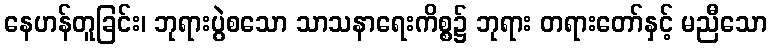
နေဟန်တူခြင်း၊ ဘုရားပွဲစသော သာသနာရေးကိစ္စ၌ ဘုရား တရားတော်နှင့် မညီသော